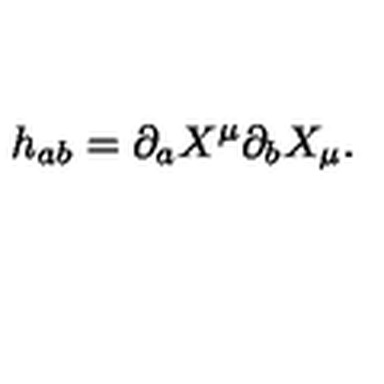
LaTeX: h _ { a b } = \partial _ { a } X ^ { \mu } \partial _ { b } X _ { \mu } .